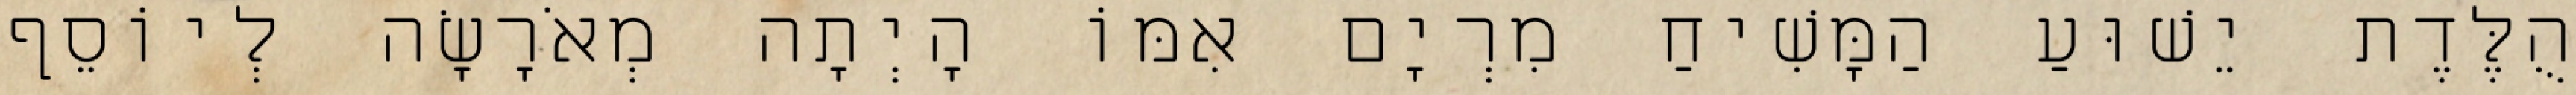
הֻלֶּדֶת יֵשׁוּעַ הַמָּשִׁיחַ מִרְיָם אִמּוֹ הָיְתָה מְאֹרָשָׂה לְיוֹסֵף